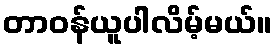
တာဝန်ယူပါလိမ့်မယ်။